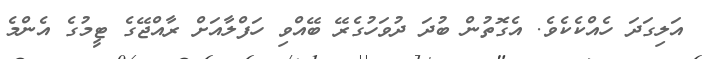
އަލިގަދަ ހެއްކެކެވެ. އެގޮތުން ބުދަ ދުވަހުގެރޭ ބޭއްވި ހަފްލާއަށް ރާއްޖޭގެ ޓީމުގެ އެންމެ